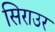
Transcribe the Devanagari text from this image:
सिराउर